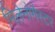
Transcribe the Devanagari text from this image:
मिलेनोगैस्टर